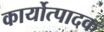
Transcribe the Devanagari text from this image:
कार्योत्पादक